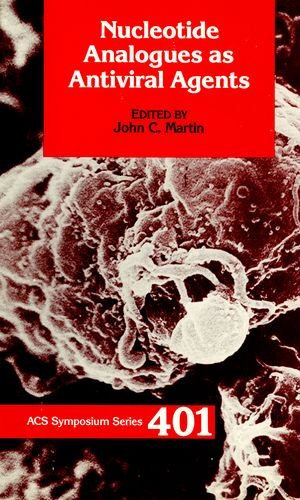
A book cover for Nucleotide Analogues As Antiviral Agents (ACS Symposium Series); Medical Books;